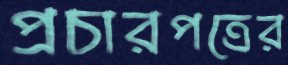
প্রচারপত্রের